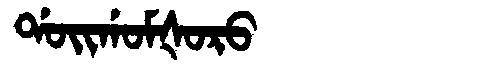
Manchu: ᡩᠣᡳᡤᠣᠮᡧᠣᡵᠣ
Romanization: DOIGOMŠORO